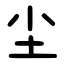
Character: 尘